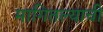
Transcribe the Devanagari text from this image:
मागितल्याची